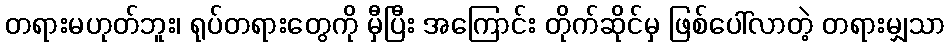
တရားမဟုတ်ဘူး၊ ရုပ်တရားတွေကို မှီပြီး အကြောင်း တိုက်ဆိုင်မှ ဖြစ်ပေါ်လာတဲ့ တရားမျှသာ